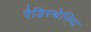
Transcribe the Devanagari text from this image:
रैडिस्थेसिया